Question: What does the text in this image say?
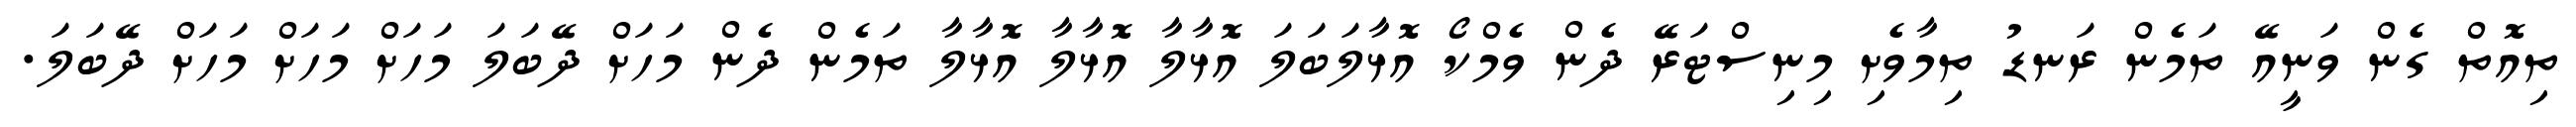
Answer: ތިއޮތް ގެން ވަނީއޭ ތަމެން ރަނޑު ތިމާވެށި މިނިސްޓަރޭ ދެން ވެމްކޯ އޮޅާލަބަލަ އޮޅާލާ އޮޅާލާ އޮޅާލާ ތަމެން ދެން މަހަށް ދޭބަލަ މަހަށް މަހަށް މަހަށް ދޭބަލަ.